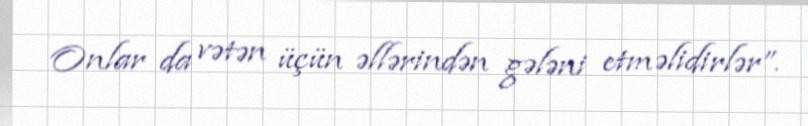
Onlar da vətən üçün əllərindən gələni etməlidirlər”.